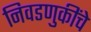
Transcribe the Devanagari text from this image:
निवडणुकींचे